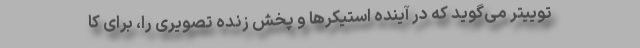
توییتر می‌گوید که در آینده استیکرها و پخش زنده تصویری را، برای کا